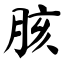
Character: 胲